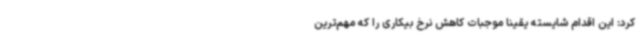
کرد: این اقدام شایسته یقینا موجبات کاهش نرخ بیکاری را که مهم‌ترین